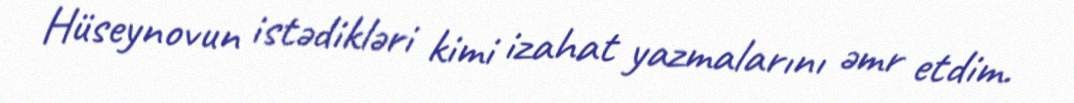
Hüseynovun istədikləri kimi izahat yazmalarını əmr etdim.